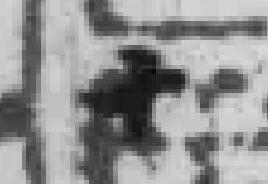
十